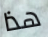
هذا